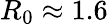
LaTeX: R_{0}\approx 1.6